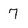
Character: 7